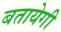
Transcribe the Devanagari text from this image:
बतायेगी